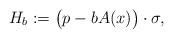
LaTeX: \begin{align*}H_b &:= \big (p -b{A}(x) \big )\cdot \sigma , \end{align*}